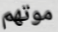
موتهم